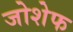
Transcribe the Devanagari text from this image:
जोशेफ